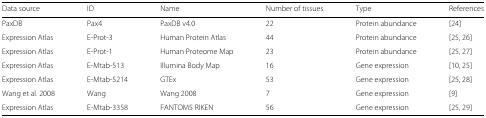
<table><thead><tr><td><b>Data source</b></td><td><b>ID</b></td><td><b>Name</b></td><td><b>Number of tissues</b></td><td><b>Type</b></td><td><b>References</b></td></tr></thead><tbody><tr><td>PaxDB</td><td>Pax4</td><td>PaxDB v4.0</td><td>22</td><td>Protein abundance</td><td>[24]</td></tr><tr><td>Expression Atlas</td><td>E-Prot-3</td><td>Human Protein Atlas</td><td>44</td><td>Protein abundance</td><td>[25, 26]</td></tr><tr><td>Expression Atlas</td><td>E-Prot-1</td><td>Human Proteome Map</td><td>23</td><td>Protein abundance</td><td>[25, 27]</td></tr><tr><td>Expression Atlas</td><td>E-Mtab-513</td><td>Illumina Body Map</td><td>16</td><td>Gene expression</td><td>[10, 25]</td></tr><tr><td>Expression Atlas</td><td>E-Mtab-5214</td><td>GTEx</td><td>53</td><td>Gene expression</td><td>[25, 28]</td></tr><tr><td>Wang et al. 2008</td><td>Wang</td><td>Wang 2008</td><td>7</td><td>Gene expression</td><td>[9]</td></tr><tr><td>Expression Atlas</td><td>E-Mtab-3358</td><td>FANTOM5 RIKEN</td><td>56</td><td>Gene expression</td><td>[25, 29]</td></tr></tbody></table>